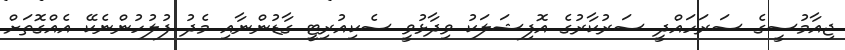
ޖިއާމުސީގެ ސަރަހައްދީ ސަރުކާރުގެ އޮފިޝަލަކު ވިދާޅުވީ ސެކިއުރިޓީ ގާޑުންނާއި މެދު ފުލުހުންނެކޭ އެއްގޮތަށް